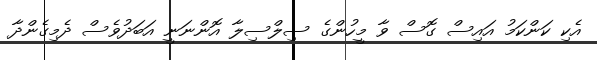
އެކި ކަންކަމު އައިސް ގޮސް ވާ މީހުންގެ ސިލްސިލާ އޮންނަނީ އަބަދުވެސް ދެމިގެންދާ